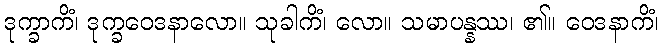
ဒုက္ခာကိံ၊ ဒုက္ခဝေဒနာလော။ သုခါကိံ၊ လော။ သမာပန္နဿ၊ ၏။ ဝေဒနာကိံ၊